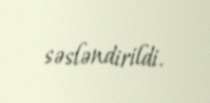
səsləndirildi.